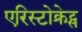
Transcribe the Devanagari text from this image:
एरिस्टोक्रेट्स